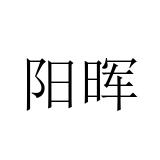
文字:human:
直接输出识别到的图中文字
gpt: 阳晖